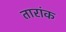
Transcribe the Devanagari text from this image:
तारांक